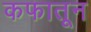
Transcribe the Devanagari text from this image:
कफातून